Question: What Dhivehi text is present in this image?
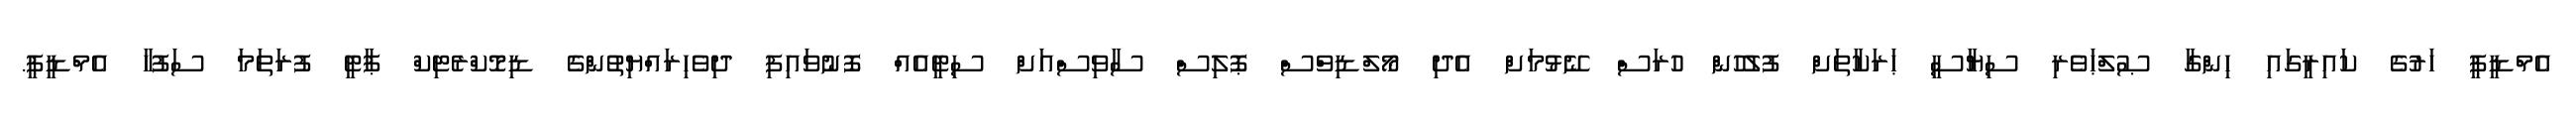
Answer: އެމްޑީޕީ ހަރުގެ ކައިރީގައި ހިންގާ ޞުލްޙަވެރި ސިޔާސީ ޙަރަކާތަށް ފުލުހުން ހުރަސް ނޭޅުމަށް އެދި މޯލްޑިވްސް ޕޮލިސް ސާވިސްއަށް ސިޓީއެއް ފޮނުވައިފި ދިވެހިރައްޔިތުންގެ ޑިމޮކްރެޓިކް ޕާޓީ ފުރަތަމަ ސަފުހާ އެމްޑީޕީ.